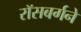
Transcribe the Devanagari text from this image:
रॉसबर्गने